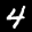
Label: 4